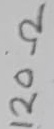
Text: 120Ω